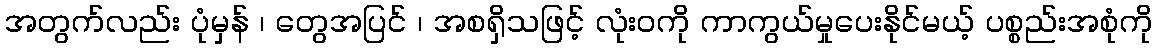
အတွက်လည်း ပုံမှန် ၊ တွေအပြင် ၊ အစရှိသဖြင့် လုံးဝကို ကာကွယ်မှုပေးနိုင်မယ့် ပစ္စည်းအစုံကို